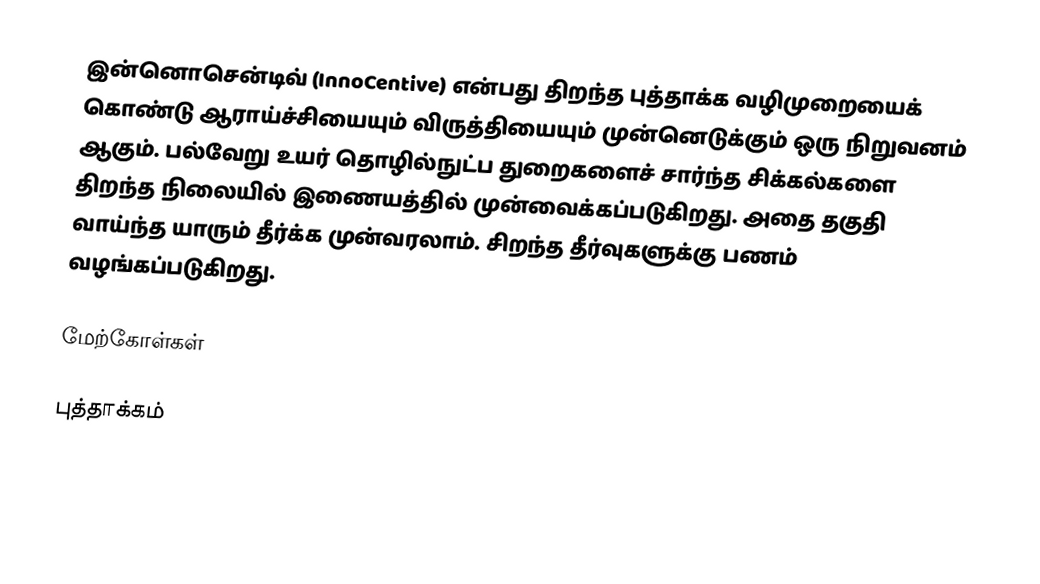
இன்னொசென்டிவ் (InnoCentive) என்பது திறந்த புத்தாக்க வழிமுறையைக் கொண்டு ஆராய்ச்சியையும் விருத்தியையும்  முன்னெடுக்கும் ஒரு நிறுவனம் ஆகும். பல்வேறு உயர் தொழில்நுட்ப துறைகளைச் சார்ந்த சிக்கல்களை திறந்த நிலையில் இணையத்தில் முன்வைக்கப்படுகிறது. அதை தகுதி வாய்ந்த யாரும் தீர்க்க முன்வரலாம். சிறந்த தீர்வுகளுக்கு பணம் வழங்கப்படுகிறது.

மேற்கோள்கள்

புத்தாக்கம்